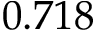
0 . 7 1 8